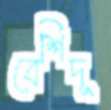
বেশিদূ